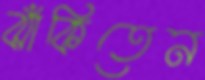
ঝাঁকিতেন